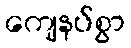
ကျေနပ်စွာ